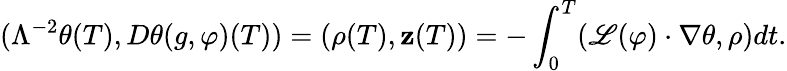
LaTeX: (\Lambda^{-2}\theta(T),D\theta(g,\varphi)(T))=(\rho(T),\mathbf{z}(T))=-\int_{0}^{T}(\mathscr{L}(\varphi)\cdot\nabla\theta,\rho)dt.